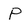
Character: p